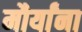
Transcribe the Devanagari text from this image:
मौर्यांना